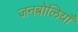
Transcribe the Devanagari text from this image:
जनबोलियाँ